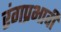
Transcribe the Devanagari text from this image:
रंगप्रभावी